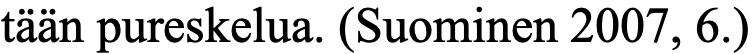
tään pureskelua. (Suominen 2007, 6.)